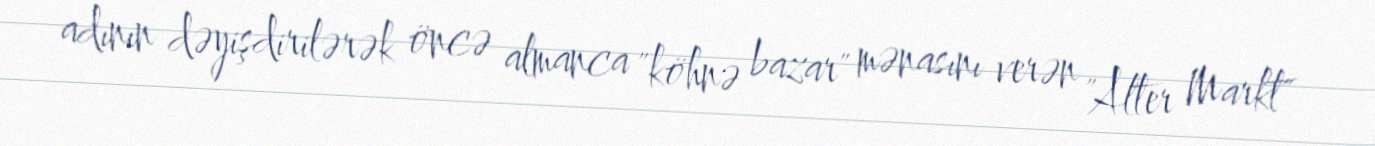
adının dəyişdirilərək öncə almanca "köhnə bazar" mənasını verən "Alter Markt"